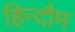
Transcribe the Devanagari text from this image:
हिन्दौम